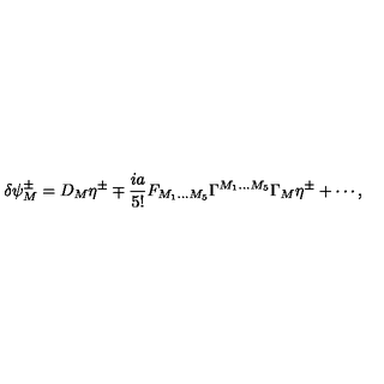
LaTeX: \delta \psi _ { M } ^ { \pm } = D _ { M } \eta ^ { \pm } \mp \frac { i a } { 5 ! } F _ { M _ { 1 } \ldots M _ { 5 } } \Gamma ^ { M _ { 1 } \ldots M _ { 5 } } \Gamma _ { M } \eta ^ { \pm } + \cdots ,